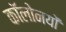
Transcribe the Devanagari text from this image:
कॉलोनयों